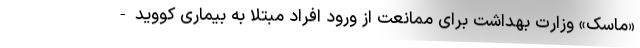
«ماسک» وزارت بهداشت برای ممانعت از ورود افراد مبتلا به بیماری کووید-